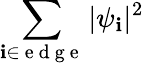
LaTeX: \sum_{\mathbf{i}\in\mathrm{{~e~d~g~e~}}}|\psi_{\mathbf{i}}|^{2}